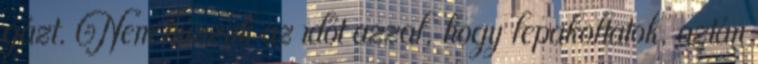
gázt. Nem húzzuk az időt azzal, hogy lepakoltatok, aztán